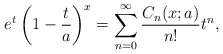
\begin{align*}e^{t}\left(1-\frac{t}{a}\right)^{x}=\sum_{n=0}^{\infty}\frac{C_{n}(x;a)}{n!} t^{n},\end{align*}